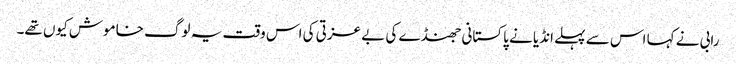
رابی نے کہا اس سے پہلے انڈیا نے پاکستانی جھنڈے کی بے عزتی کی اس وقت یہ لوگ خاموش کیوں تھے۔